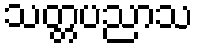
သတ္တပညာသ